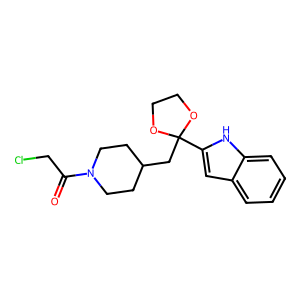
SMILES: O=C(CCl)N1CCC(CC2(c3cc4ccccc4[nH]3)OCCO2)CC1
Inhibits HIV replication: No